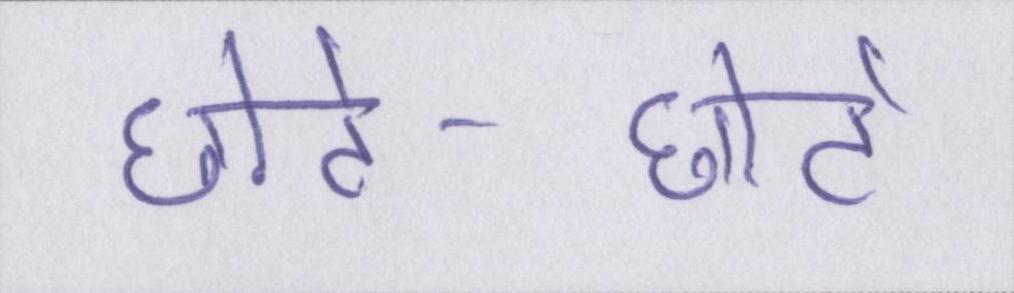
छोटे-छोटे